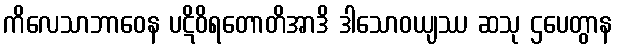
ကိလေသာဘာဝေန ပဋိဝိရတောတိအာဒိ ဒါသောဝယျဿ ဆသု ဌပေတွာန